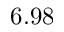
6 . 9 8